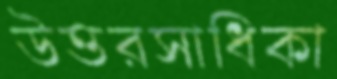
উত্তরসাধিকা